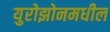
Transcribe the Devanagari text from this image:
युरोझोनमधील